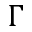
\Gamma